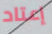
إعتاد